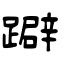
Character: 躃